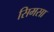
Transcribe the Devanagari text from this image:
सिमसा